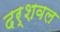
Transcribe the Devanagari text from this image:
दर्शवल